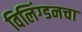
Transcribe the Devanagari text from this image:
विलिंग्डनचा